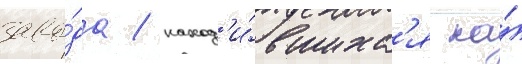
заво́да / наход'и́вшихс'я на́